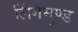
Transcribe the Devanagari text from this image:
लिंगमुण्ड